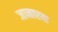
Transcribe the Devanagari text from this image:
जानारया